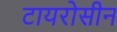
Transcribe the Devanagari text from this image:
टायरोसीन